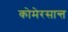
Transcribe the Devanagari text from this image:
कोमेरसान्त